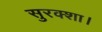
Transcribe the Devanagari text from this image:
सुरक्शा।